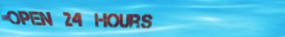
open 24 hours